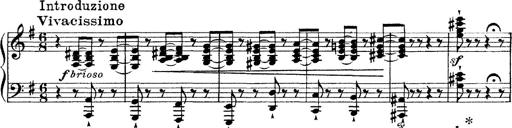
Title: Tarantelle di bravura dâ€™aprÃ¨s la tarantelle de La muette de Portici
Composer: Franz Liszt